Vital statistics of India. Vol. VI, European troops 1870-79
Year: 1870
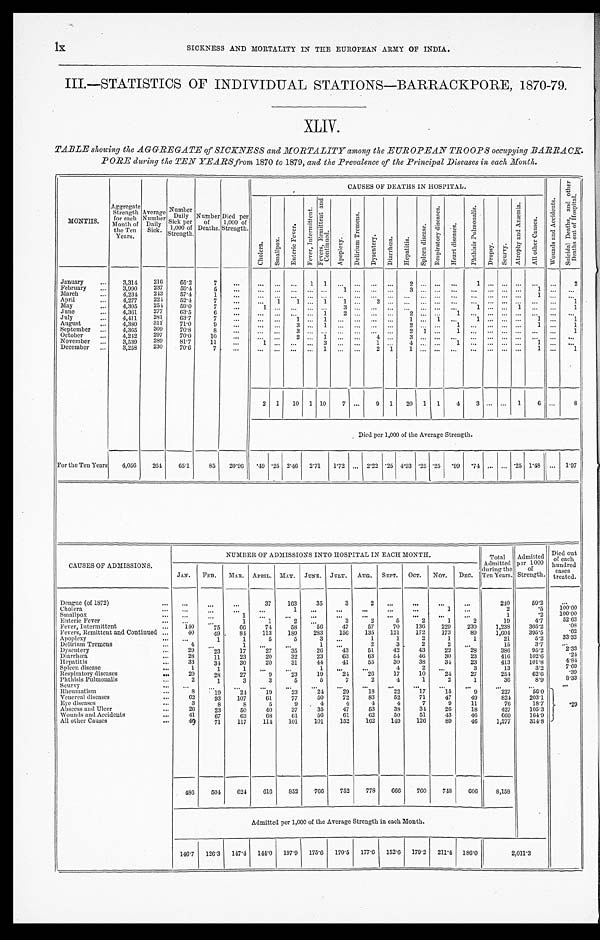
lx
SICKNESS AND MORTALITY IN THE EUROPEAN ARMY OF INDIA.
III.—STATISTICS OF INDIVIDUAL STATIONS—BARRACKPORE, 1870-79.
XLIV.
TABLE showing the AGGREGATE of SICKNESS and MORTALITY among the EUROPEAN TROOPS occupying BABRACK.
PORE during the TEN YEARS from 1870 to 1879, and the Prevalence of the Principal Diseases in each Month.
MONTHS.
A g g r e g a t e Strength
for each
Month of
the Ten
Years.
Average
Number
Daily
Sick.
Number
Daily
Sick per
1,000 of
Strength.
Number
of
Deaths.
Died per
1,000 of
Strength.
CAUSES OF DEATHS IN HOSPITAL.
W o u n d s a n d A c c i d e n t s .
S u i c i d a l D e a t h s , a n d o t h e r
D e a t h s o u t o f H o s p i t a l .
C h o l e r a .
S m a l l p o x .
E n t e r i c F e v e r .
F e v e r , I n t e r m i t t e n t .
F e v e r s , R e m i t t e n t a n d
C o n t i n u e d .
A p o p l e x y .
D e l i r i u m T r e m e n s .
D y s e n t e r y . D i a r r h œ a .
H e p a t i t i s . S p l e e n d i s e a s e .
R e s p i r a t o r y d i s e a s e s .
H e a r t d i s e a s e s .
P h t h i s i s P u l m o n a l i s .
D r o p s y . S c u r v y .
A t r o p h y a n d A n æ m i a .
A l l o t h e r C a u s e s .
January
. . .
3,314
216
65.2
7
. . .
. . . . . . ...
1 1
... ... ... ...
2 ...
. . .
. . .
1
. . . . . . . . . ... . . .
2
February ...
3,990
237
59.4
5
. . . ... ... ... ... ...
1
. . .
. . .
. . . 3 ...
. . .
. . .
. . . ... ...
. . . 1 . . .
. . .
March
...
4,234 243
57.4
1
. . .
... ... ... ... . . . ... ... ... ... ... ... ... ... ... ... ... ...
1
. . .
. . .
April
. . . 4,277
224
52.4
7
. . .
... 1
1 ... 1
1 ...
2
. . . . . . ...
. . .
. . .
. . .
. . . . . . . . . ... . . .
1
May
...
4,305
254
59.0
7
. . .
1 . . .
...
. . . . . . 3 ... ... ... ... ... ... ...
1
. . . . . . 1 ... . . .
1
June
. . . 4,361
277
63.5
6
. . .
... ... ... ... 1
2 ... ... ...
2 ...
. . . 1
... ... ... ... ... ... ...
July
...
4,411
281
63.7
7
. . .
. . . . . .
1
. . . 1
. . . . . . . . .
. . . 1 ...
1 ...
1
. . . . . . . . . 1
. . .
1
August
...
4,380
311
71.0
9
. . .
...
... 3
. . . 1
. . . . . .
. . . . . .
2 ...
. . . 1 ... ... ... ...
1 . . .
1
September ...
4,365
309
70.8
8
. . .
. . .
. . . 3
. . . . . .
. . . . . .
. . .
. . .
2 1
. . . 1 ... ... ... ... ... ...
1
October
. . .
4,242 297
70.0
10
...
. . .
. . . 2
. . . 1
. . . . . .
4
. . .
3 ...
. . .
. . .
. . .
. . . . . . . . . ...
. . .
. . .
November ...
3,539
289
81.7
11
. . .
1 . . .
...
. . . 3 ... ...
1
. . .
4 ...
. . . 1
. . .
. . . . . . . . . 1 ... ...
December ...
3,258
230
70.6
7
. . .
... ... ... ... 1 ... ...
2 1
1 ... ... ... ... ... ... ...
1 ...
1
2 1 10 1 10
7 ...
9 1 20 1 1
4
3 ... ... 1
6
...
8
Died per 1,000 of the Average Strength.
For the Ten Years
4,056
264
65.1
85 20.96 .49
. 2 5 2.46 2.71 1.72 ... 2.22 . 2 5 4.93 .25 .25 .99 .74 ...
. . . .25 1.48 ... 1.97
CAUSES OF ADMISSIONS.
NUMBER OF ADMISSIONS INTO HOSPITAL IN EACH MONTH.
Total
Admitted
during the
Ten Years.
Admitted
per 1000
of
Strength.
Died out o f e a c h
hundred
cases
treated.
JAN. FEB. MAR. APRIL. MAY. JUNE. JULY. AUG. SEPT. OCT. NOV. DEC.
Dengue (of 1872)
...
...
. . .
...
37
163
35
3
2 ...
...
...
. . .
240
59.2
. . .
Cholera
...
...
. . . ...
...
1 ...
...
...
...
...
1 ...
2
.5
100.00
Smallpox
. . . ...
. . .
1
...
...
...
...
...
. . .
...
...
. . .
1
.2
100.00
Enteric Fever
. . . ...
. . .
1
1
2 ...
3
2
5
2
1
2
19
4.7
52.63
Fever, Intermittent
. . .
140
7 5
66
74
58
56
47
57
70
136
229
230
1,238
305.2
.08
Fevers, Remittent and Continued . . .
4 0
4 9
8 4 113
189
283
156
135
121
172
173
89
1,604
395.5
.62
Apoplexy
. . . ...
1
1
5
5
3
. . .
1
1
2
1
1
21
5.2
33.33
Delirium Tremens
. . .
4
. . .
1
. . .
. . .
1 ...
2
3
2
2
. . .
15
3.7
. . .
Dysentery
...
29
23
17
27
35
26
43
51
42
43
22
28
386
95.2
2.33
Diarrhœa
...
28
11
23
20
32
23
63
63
54
46
30
23
416
102.6
.24
Hepatitis
...
33
34
30
20
31
44
41
55
30
38
34
23
413
101.8
4.84
Spleen disease
...
1
1
1
. . .
...
1 ...
...
4
2
. . .
3
13
3.2
7.69
Respiratory diseases
...
20
28
27
9
23
19
24
26
17
10
24
27
254
62.6
.39
Phthisis Pulmonalis
. . .
2
1
3
3
5
5
7
2
4
1
2
1
36
8.9
8.33
Scurvy
... ...
...
...
. . .
. . .
. . .
. . . ...
...
. . .
. . .
. . .
. . .
...
. . .
Rheumatism
. . .
8
19
24
19
23
24
29
18
22
17
15
9
227
56.0
.29
Venereal diseases
. . .
62
93
107
61
77
50
72
83
52
71
47
49
824
203.1
Eye diseases
. . .
3
8
8
5
9
4
4
4
4
7
9
11
76
18.7
Abscess and Ulcer
. . .
26
23
50
40
37
35
47
53
38
34
26
18
427
105.3
Wounds and Accidents
...
41
67
63
68
61
56
61
62
50
51
43
46
669
164.9
All other Causes
...
49
71
117
114
101
101
152
162
149
126
89
46
1,277
314.8
486
504
624
616
852
766
752
778
666
760
748
606
8,158
Admitted per 1,000 of the Average Strength in each Month.
146.7 126.3 147.4 144.0 197.9 175.6 170.5 177.6 152.6 179.2 211.4 186.0
2,011.3